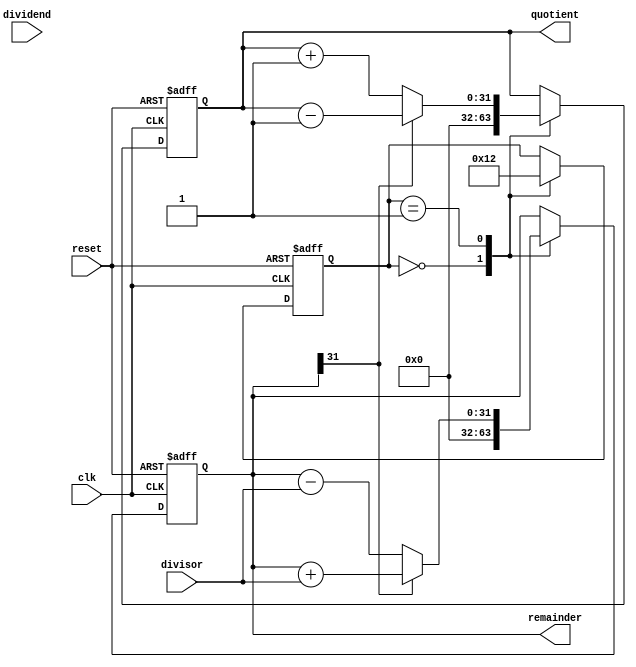
module NonRestoringDivider(
    input wire clk,
    input wire reset,
    input wire [31:0] dividend,
    input wire [31:0] divisor,
    output reg [31:0] quotient,
    output reg [31:0] remainder
);

reg [31:0] dividend_reg;
reg [31:0] remainder_reg;
reg [31:0] quotient_reg;
reg [3:0] state;

always @(posedge clk or posedge reset) begin
    if (reset) begin
        dividend_reg <= 0;
        remainder_reg <= 0;
        quotient_reg <= 0;
        state <= 0;
    end else begin
        case (state)
            0: begin
                dividend_reg <= dividend;
                remainder_reg <= 0;
                quotient_reg <= 0;
                state <= 1;
            end
            1: begin
                // Non-Restoring Division Algorithm
                if (remainder_reg[31] == 0) begin
                    remainder_reg <= remainder_reg - divisor;
                    quotient_reg <= quotient_reg + 1;
                end else begin
                    remainder_reg <= remainder_reg + divisor;
                    quotient_reg <= quotient_reg - 1;
                end
                state <= 2;
            end
            // Add more states for shifting, comparison, and special cases
        endcase
    end
end

assign quotient = quotient_reg;
assign remainder = remainder_reg;

endmodule